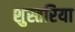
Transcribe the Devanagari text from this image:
शुस्तरिया